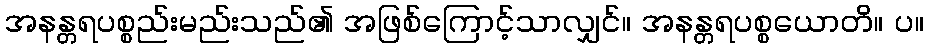
အနန္တရပစ္စည်းမည်းသည်၏ အဖြစ်ကြောင့်သာလျှင်။ အနန္တရပစ္စယောတိ။ ပ။